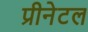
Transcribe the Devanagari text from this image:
प्रीनेटल